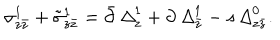
LaTeX: \sigma _ { z \bar { z } } ^ { 1 } + \tilde { \sigma } _ { z \bar { z } } ^ { 1 } = \bar { \partial } \, { \it \Delta } _ { z } ^ { 1 } + \partial \, { \it \Delta } _ { \bar { z } } ^ { 1 } - { \it s } \, { \it \Delta } _ { z \bar { z } } ^ { 0 } .